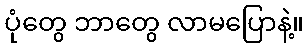
ပုံတွေ ဘာတွေ လာမပြောနဲ့။